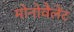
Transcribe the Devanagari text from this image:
मोनोवैलेंट